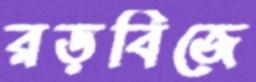
রড়বিজে